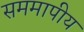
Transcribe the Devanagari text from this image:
सममापीय